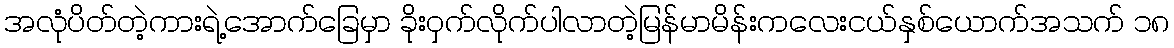
အလုံပိတ်တဲ့ကားရဲ့အောက်ခြေမှာ ခိုးဝှက်လိုက်ပါလာတဲ့မြန်မာမိန်းကလေးငယ်နှစ်ယောက်အသက် ၁၈